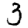
Digit: 3